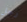
رجل